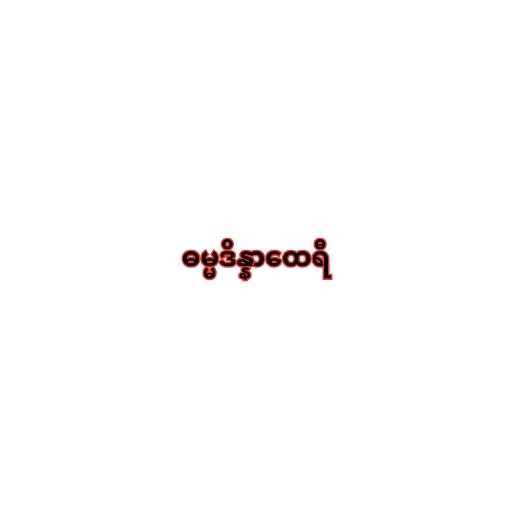
ဓမ္မဒိန္နာထေရီ